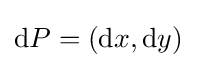
\mathrm {d} P=(\mathrm {d} x,\mathrm {d} y)